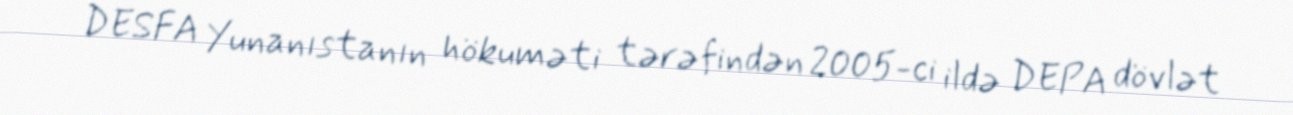
DESFA Yunanıstanın hökuməti tərəfindən 2005-ci ildə DEPA dövlət